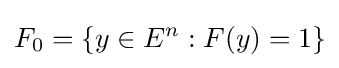
F_{0}=\{y\in E^{n}:F(y)=1\}